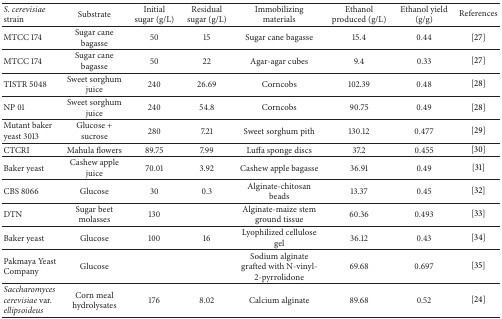
<table><thead><tr><td><b><i>S. cerevisiae</i> strain</b></td><td><b>Substrate </b></td><td><b>Initial sugar (g/L)</b></td><td><b>Residual sugar (g/L)</b></td><td><b>Immobilizing materials</b></td><td><b>Ethanol produced (g/L)</b></td><td><b>Ethanol yield (g/g)</b></td><td><b>References</b></td></tr></thead><tbody><tr><td>MTCC 174</td><td>Sugar cane bagasse </td><td>50</td><td>15</td><td>Sugar cane bagasse</td><td>15.4</td><td>0.44</td><td>[27]</td></tr><tr><td>MTCC 174</td><td>Sugar cane bagasse</td><td>50</td><td>22</td><td> Agar-agar cubes</td><td>9.4</td><td>0.33</td><td>[27]</td></tr><tr><td>TISTR 5048</td><td>Sweet sorghum juice</td><td>240</td><td>26.69</td><td>Corncobs </td><td>102.39</td><td>0.48</td><td>[28]</td></tr><tr><td>NP 01</td><td>Sweet sorghum juice</td><td>240</td><td>54.8</td><td>Corncobs</td><td>90.75</td><td>0.49</td><td>[28]</td></tr><tr><td>Mutant baker yeast 3013</td><td>Glucose + sucrose</td><td>280</td><td>7.21</td><td>Sweet sorghum pith</td><td>130.12</td><td>0.477</td><td>[29]</td></tr><tr><td>CTCRI</td><td>Mahula flowers</td><td>89.75</td><td>7.99</td><td>Luffa sponge discs</td><td>37.2</td><td>0.455</td><td>[30]</td></tr><tr><td>Baker yeast</td><td>Cashew apple juice</td><td>70.01</td><td>3.92</td><td>Cashew apple bagasse</td><td>36.91</td><td>0.49</td><td>[31]</td></tr><tr><td>CBS 8066</td><td>Glucose</td><td>30</td><td>0.3</td><td>Alginate-chitosan beads</td><td>13.37</td><td>0.45</td><td>[32]</td></tr><tr><td>DTN</td><td>Sugar beet molasses</td><td>130</td><td> </td><td>Alginate-maize stem ground tissue</td><td>60.36</td><td>0.493</td><td>[33]</td></tr><tr><td>Baker yeast</td><td>Glucose</td><td>100</td><td>16</td><td>Lyophilized cellulose gel</td><td>36.12</td><td>0.43</td><td>[34]</td></tr><tr><td>Pakmaya Yeast Company </td><td>Glucose</td><td> </td><td> </td><td>Sodium alginate grafted with N-vinyl-2-pyrrolidone</td><td>69.68</td><td>0.697</td><td>[35]</td></tr><tr><td><i>Saccharomyces cerevisiae</i> var. <i>ellipsoideus </i></td><td>Corn meal hydrolysates </td><td>176</td><td>8.02</td><td>Calcium alginate</td><td>89.68</td><td>0.52</td><td>[24]</td></tr></tbody></table>